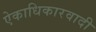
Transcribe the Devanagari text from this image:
ऐकाधिकारवादी